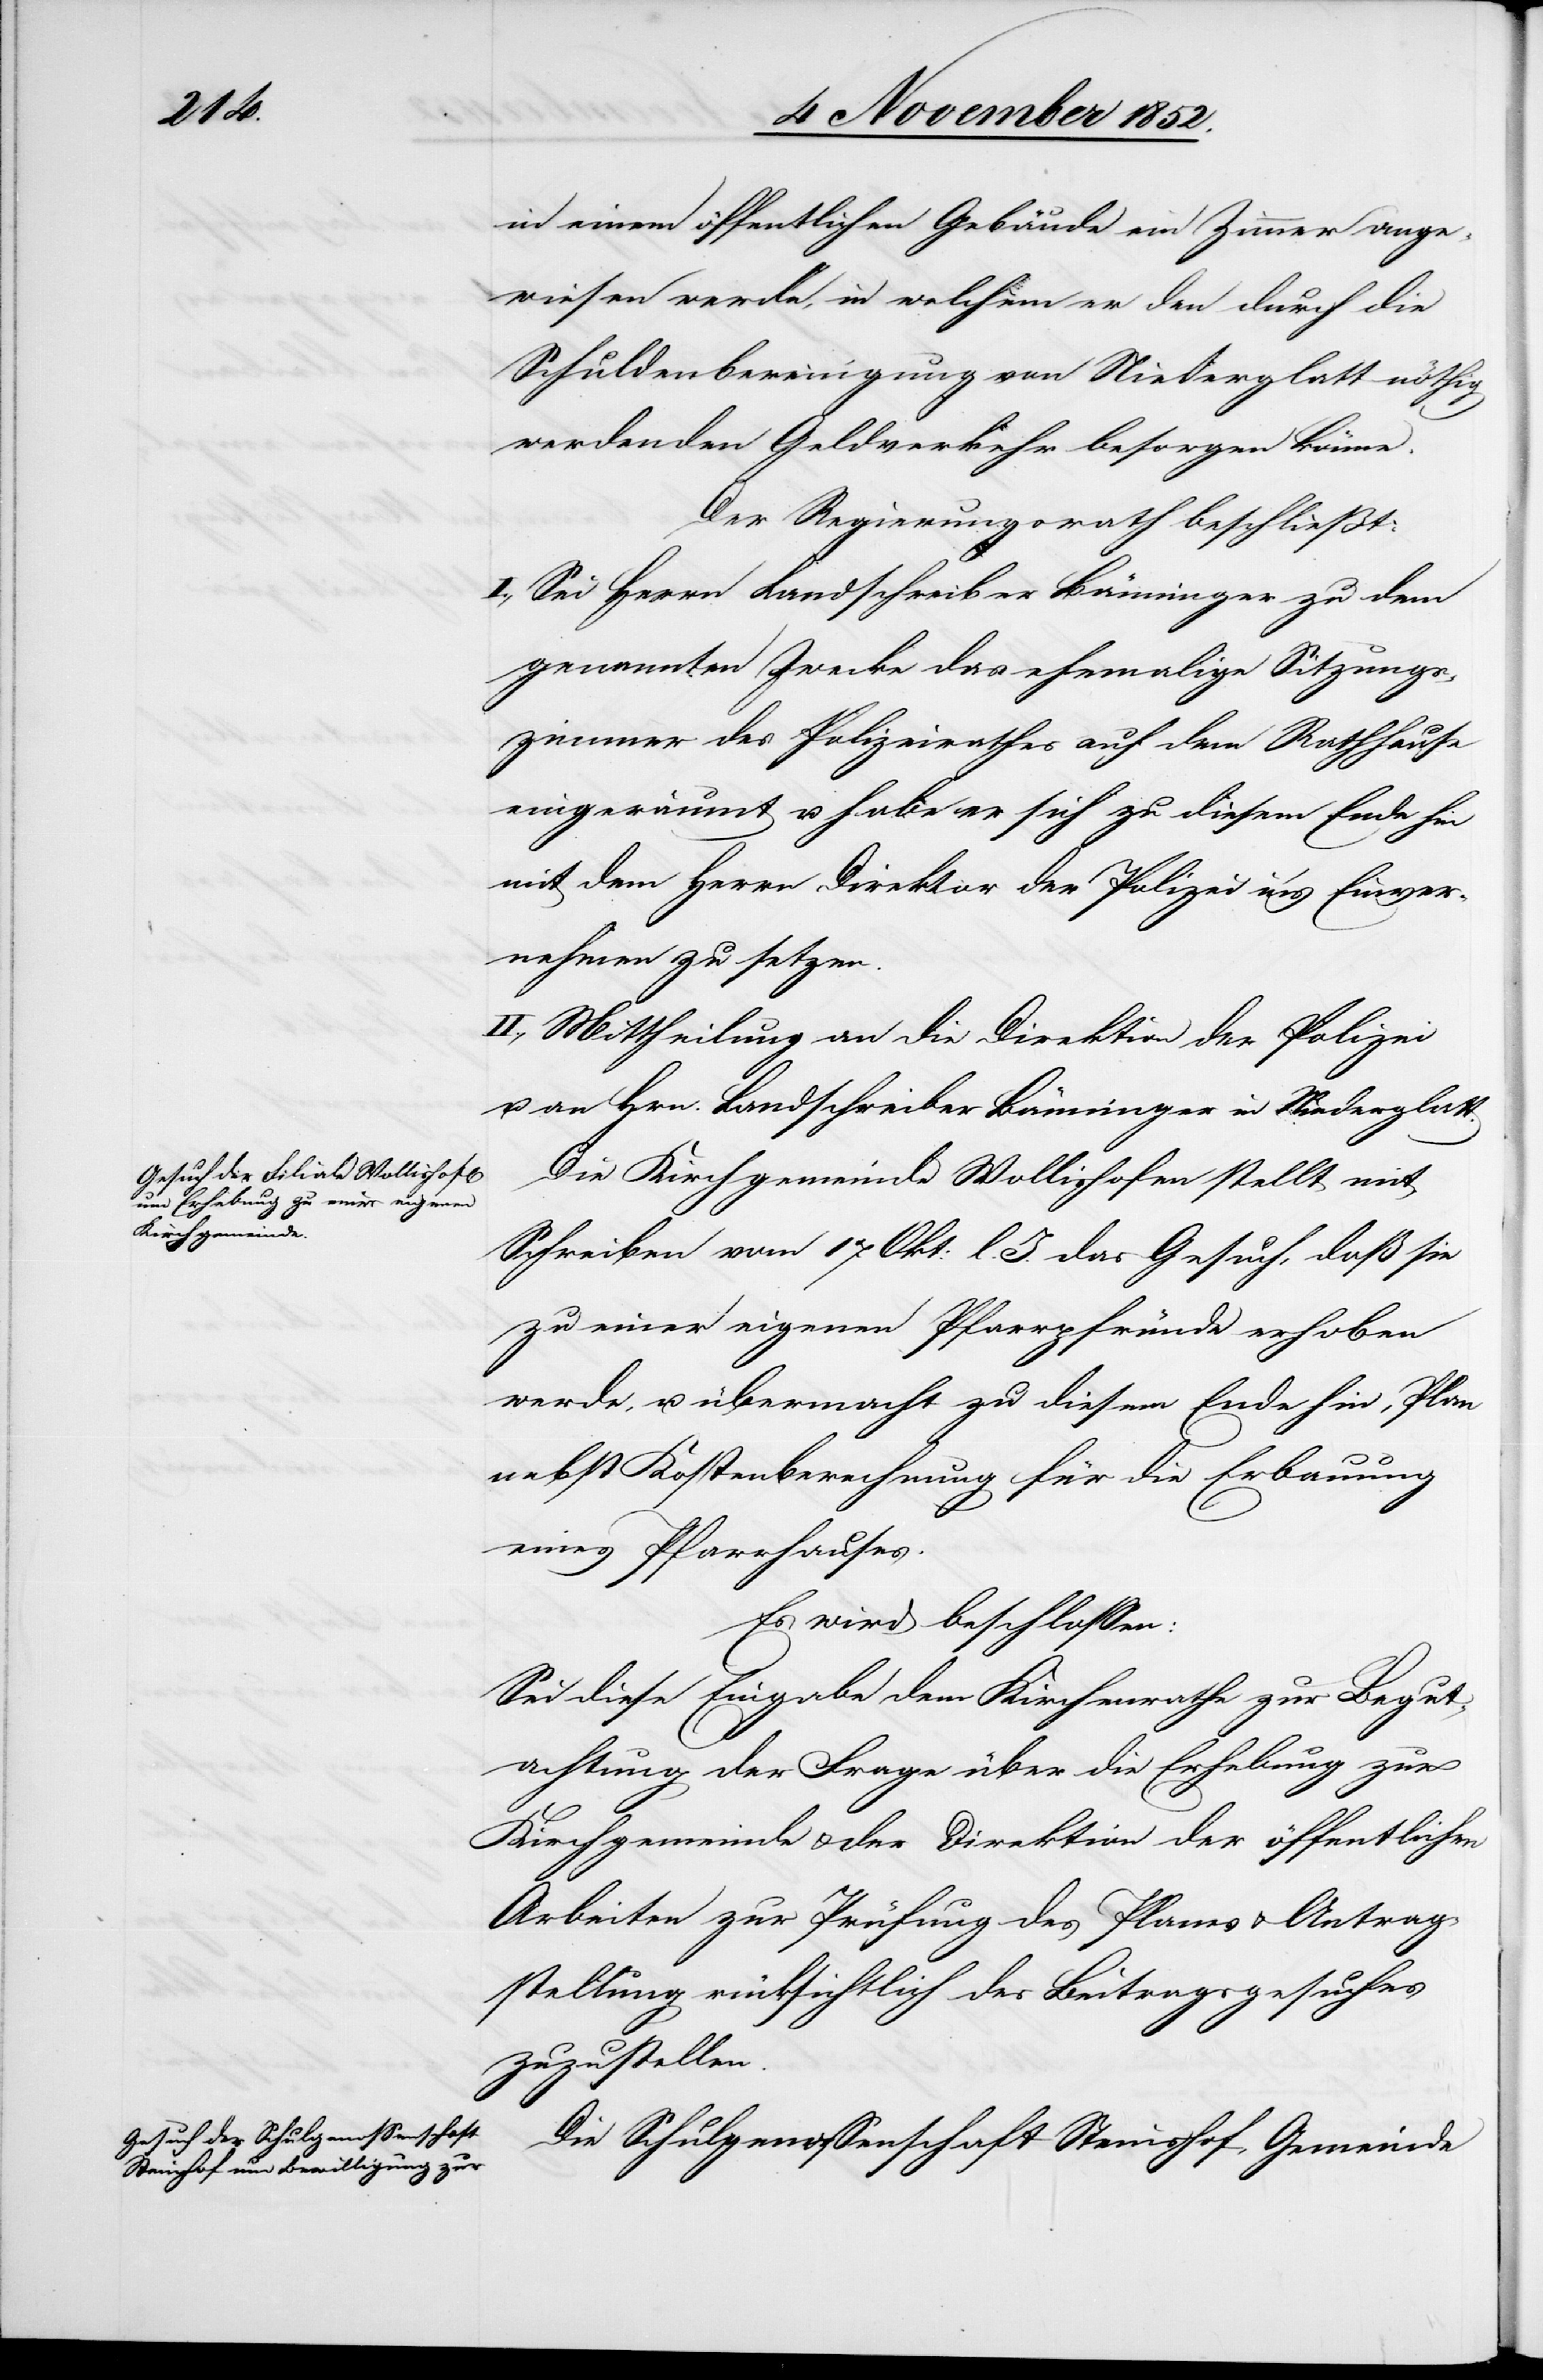
Antrag¬

in einem öffentlichen Gebäude ein Zimmer ange¬
wiesen werde, in welchem er den durch die
Schuldenbereinigung von Niederglatt nöthig
werdenden Geldverkehr besorgen könne.
Der Regierungsrath beschließt:
I., Sei Herrn Landschreiber Bänninger zu dem
genannten Zwecke das ehemalige Sitzungs¬
zimmer des Polizeirathes auf dem Rathhause
eingeräumt u. habe er sich zu diesem Ende hin
mit dem Herrn Direktor der Polizei in’s Einver¬
nehmen zu setzen.
II., Mittheilung an die Direktion der Polizei
u. an Hrn. Landschreiber Bänninger in Niederglatt.
Die Kirchgemeinde Wollishofen stellt mit
Schreiben vom 17 Okt: l. J. das Gesuch, daß sie
zu einer eigenen Pfarrpfründe erhoben
werde, u. übermacht zu diesem Ende hin, Plan
nebst Kostenberechnung für die Erbauung
eines Pfarrhauses.
Es wird beschlossen:
Sei diese Eingabe dem Kirchenrathe zur Begut¬
achtung der Frage über die Erhebung zur
Kirchgemeinde & der Direktion der öffentlichen
Arbeiten zur Prüfung des Plams [recte:
stellung rücksichtlich des Beitragsgesuches
zuzustellen.
Die Schulgenossenschaft Steinshof, Gemeinde